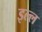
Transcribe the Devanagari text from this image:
इल्ल